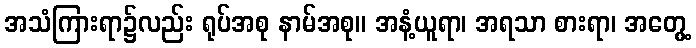
အသံကြားရာ၌လည်း ရုပ်အစု နာမ်အစု။ အနံ့ယူရာ၊ အရသာ စားရာ၊ အတွေ့